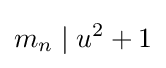
m_{n}\mid u^{2}+1